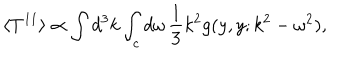
\langle T ^ { 1 1 } \rangle \propto \int d ^ { 3 } k \int _ { c } d \omega \, { \frac { 1 } { 3 } } k ^ { 2 } g ( y , y ; k ^ { 2 } - \omega ^ { 2 } ) ,